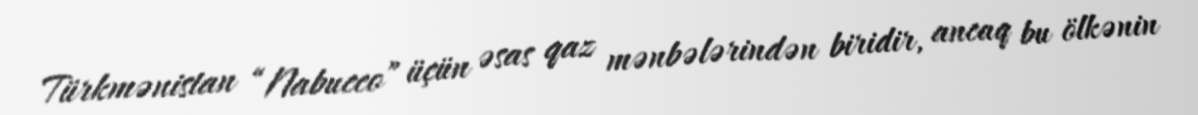
Türkmənistan “Nabucco” üçün əsas qaz mənbələrindən biridir, ancaq bu ölkənin